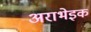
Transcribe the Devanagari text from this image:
अराभेइक